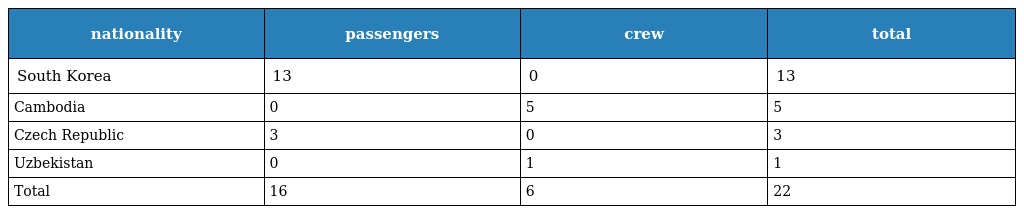
| nationality | passengers | crew | total |
 | --- | --- | --- | --- |
 | South Korea | 13 | 0 | 13 |
 | Cambodia | 0 | 5 | 5 |
 | Czech Republic | 3 | 0 | 3 |
 | Uzbekistan | 0 | 1 | 1 |
 | Total | 16 | 6 | 22 |